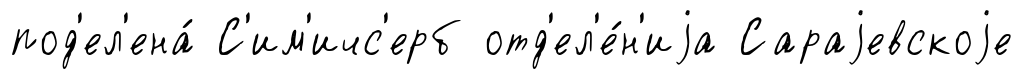
под'ел'ена́ С'им'ичс'ерб отд'ел'е́н'иjа Сараjевскоjе